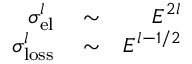
\begin{array} { r l r } { \sigma _ { \mathrm { e l } } ^ { l } } & { { } \sim } & { E ^ { 2 l } } \\ { \sigma _ { \mathrm { l o s s } } ^ { l } } & { { } \sim } & { E ^ { l - 1 / 2 } } \end{array}